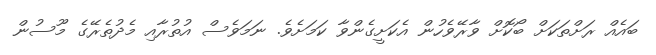
ބައެއް ރަށްތަކަށް ބޯކޮށް ވާރޭވެހުން އެކަށީގެންވާ ކަމަށެވެ. ނަމަވެސް އުތުރާއި މެދުތެރޭގެ މޫސުން